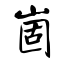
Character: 崮